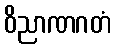
ဝိညာဏဂတံ